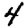
Digit: 4